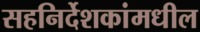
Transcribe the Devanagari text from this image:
सहनिर्देशकांमधील